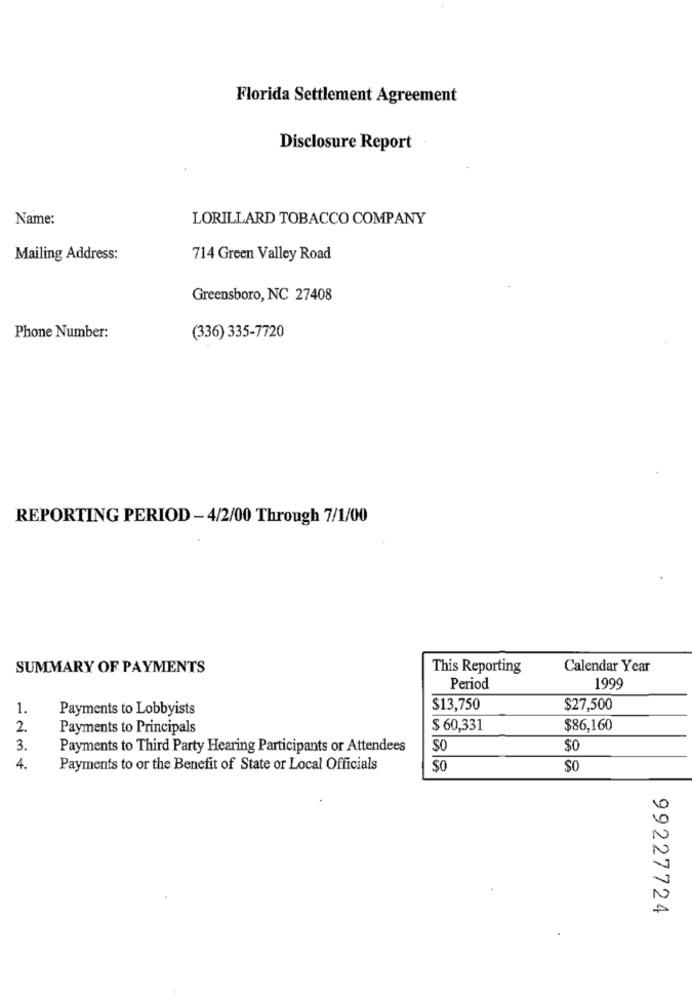
Florida Settlement Agreement
Disclosure Report
Name:
LORILLARD TOBACCO COMPANY
Mailing Address:
714 Green Valley Road
Greensboro, NC 27408
Phone Number:
(336) 335-7720
REPORTING PERIOD - 4/2/00 Through 7/1/00
SUMMARY OF PAYMENTS
This Reporting
Calendar Year
Period
1999
1.
Payments to Lobbyists
$13,750
$27,500
2.
Payments to Principals
$ 60,331
$86,160
3.
Payments to Third Party Hearing Participants or Attendees
$0
$0
4.
Payments to or the Benefit of State or Local Officials
$0
SO
99227724